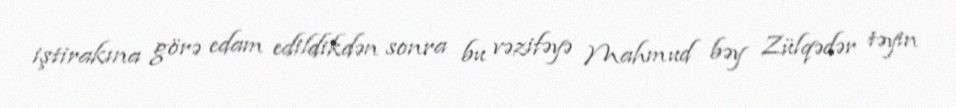
iştirakına görə edam edildikdən sonra bu vəzifəyə Mahmud bəy Zülqədər təyin